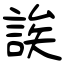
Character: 誒